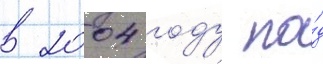
в 2004 году по́д